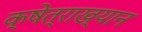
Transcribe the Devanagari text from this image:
क्षेत्राख्यान